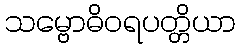
သမ္ဗောဓိဝရပတ္တိယာ